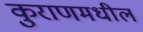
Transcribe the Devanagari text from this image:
कुराणमधील